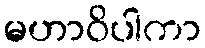
မဟာဝိပါကာ